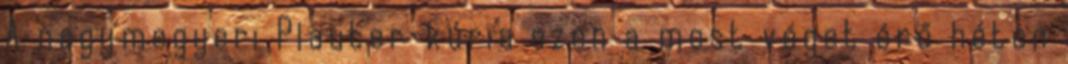
A nagymegyeri Plauter-kúria ezen a most véget érő héten